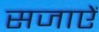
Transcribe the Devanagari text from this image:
सजाएें